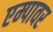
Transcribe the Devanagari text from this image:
एम्पावर